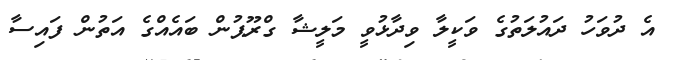
އެ ދުވަހު ދައުލަތުގެ ވަކީލާ ވިދާޅުވީ މަލީޝާ ގްރޫޕުން ބައެއްގެ އަތުން ފައިސާ